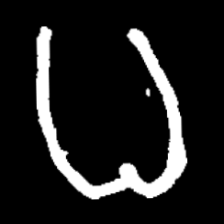
Pyu character \u2014 Myanmar letter: ဓ (romanized: dha)